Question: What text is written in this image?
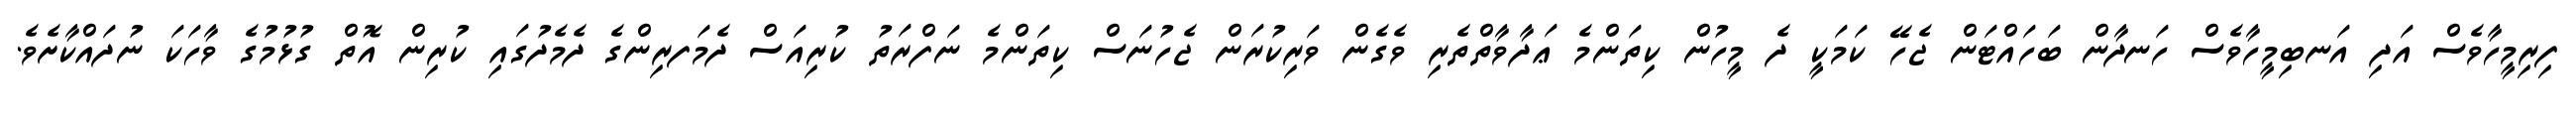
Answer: ފިރިމީހާވެސް އަދި އަނބިމީހާވެސް ހަނދާން ބަހައްޓަން ޖެހޭ ކަމަކީ ދެ މީހުން ކިތަންމެ ޢަދާވާތްތެރި ވެގެން ވަރިކުރަން ޖެހުނަސް ކިތަންމެ ނަފްރަތު ކުރިއަސް ދެމަފރިންގެ ދެމެދުގައި ކުރިން އޮތް ގުޅުމުގެ ވާހަކަ ނުދައްކާށެވެ.